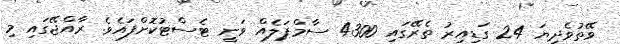
ވޭތުވެދިޔަ 24 ގަޑިއިރު ތެރޭގައި 4300 ސާމްޕަލެއް ވަނީ ޓެސްޓުކޮށްފައެވެ. ރާއްޖޭގައި މި